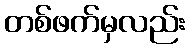
တစ်ဖက်မှလည်း